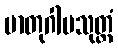
မာတုဂါမသုတ္တံ